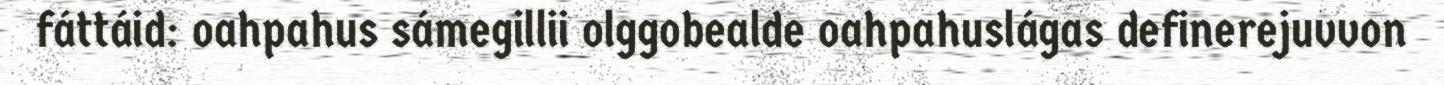
fáttáid: oahpahus sámegillii olggobealde oahpahuslágas definerejuvvon